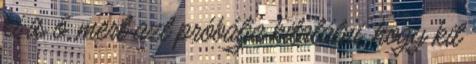
ki is ő, mert azt próbálja kitalálni, hogy kit